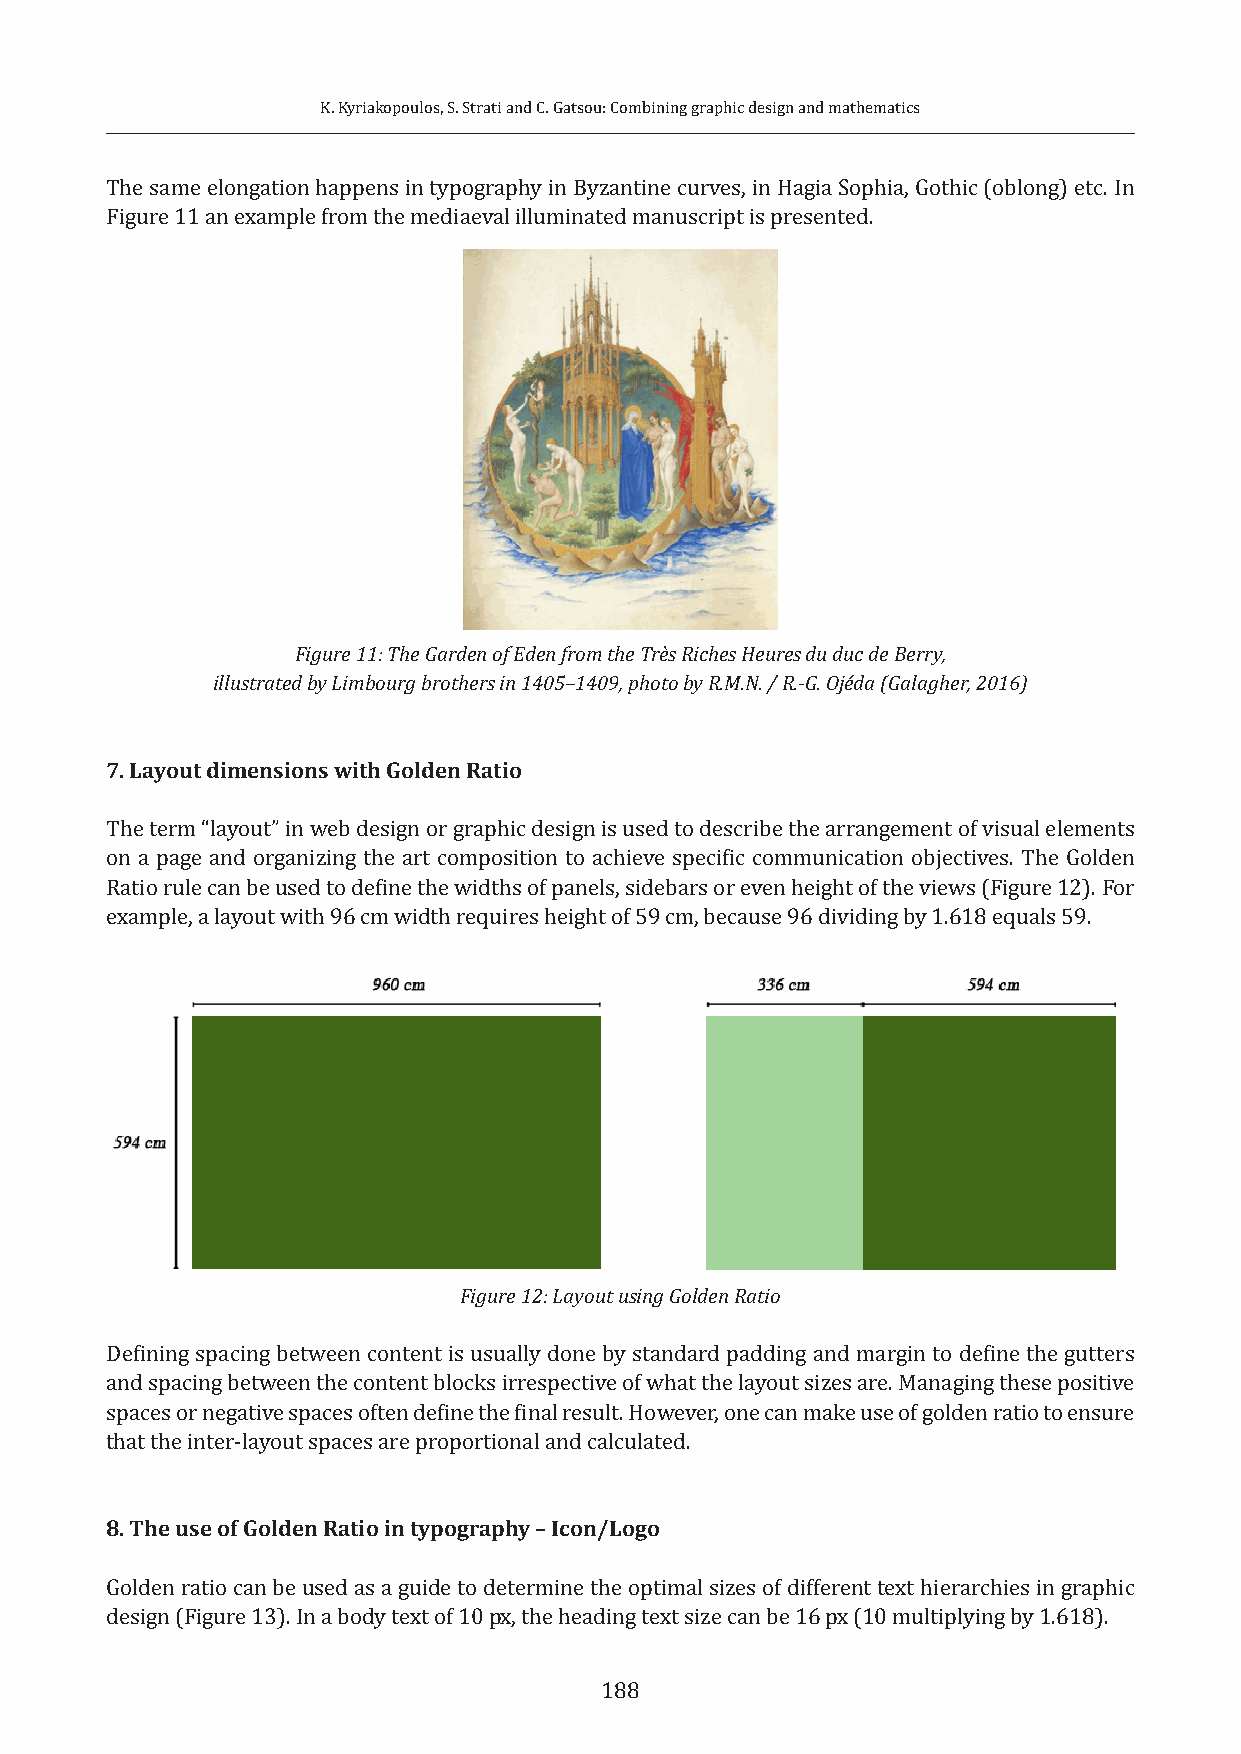
K. Kyriakopoulos, S. Strati and C. Gatsou: Combining graphic design and mathematics
 The same elongation happens in typography in Byzantine curves, in Hagia Sophia, Gothic (oblong) etc. In
 Figure 11 an example from the mediaeval illuminated manuscript is presented.
 Figure 11: The Garden of Eden from the Très Riches Heures du duc de Berry,
 illustrated by Limbourg brothers in 1405–1409, photo by R.M.N. / R.-G. Ojéda (Galagher, 2016)
 7. Layout dimensions with Golden Ratio
 The term “layout” in web design or graphic design is used to describe the arrangement of visual elements
 on a page and organizing the art composition to achieve specific communication objectives. The Golden
 Ratio rule can be used to define the widths of panels, sidebars or even height of the views (Figure 12). For
 example, a layout with 96 cm width requires height of 59 cm, because 96 dividing by 1.618 equals 59.
 Figure 12: Layout using Golden Ratio
 Defining spacing between content is usually done by standard padding and margin to define the gutters
 and spacing between the content blocks irrespective of what the layout sizes are. Managing these positive
 spaces or negative spaces often define the final result. However, one can make use of golden ratio to ensure
 that the inter-layout spaces are proportional and calculated.
 8. The use of Golden Ratio in typography – Icon/Logo
 Golden ratio can be used as a guide to determine the optimal sizes of different text hierarchies in graphic
 design (Figure 13). In a body text of 10 px, the heading text size can be 16 px (10 multiplying by 1.618).
 188